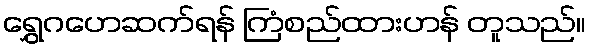
ရွှေဂဟေဆက်ရန် ကြံစည်ထားဟန် တူသည်။